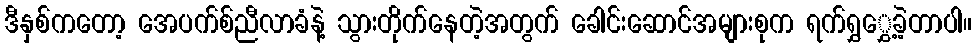
ဒီနှစ်ကတော့ အေပက်စ်ညီလာခံနဲ့ သွားတိုက်နေတဲ့အတွက် ခေါင်းဆောင်အများစုက ရက်ရွှွှေ့ခဲ့တာပါ။